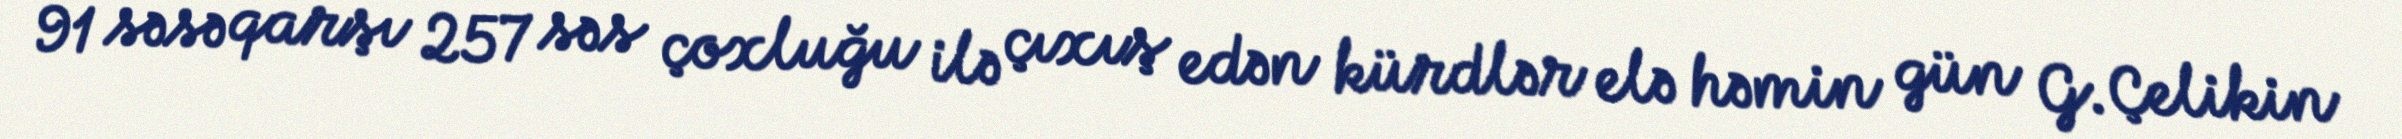
91 səsə qarşı 257 səs çoxluğu ilə çıxış edən kürdlər elə həmin gün G.Çelikin